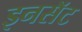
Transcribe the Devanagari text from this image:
इनसॅट